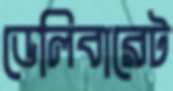
ডেলিবারেট